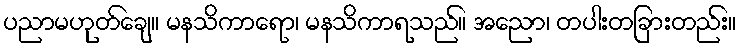
ပညာမဟုတ်ချေ။ မနသိကာရော၊ မနသိကာရသည်။ အညော၊ တပါးတခြားတည်း။